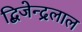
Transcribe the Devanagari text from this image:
द्बिजेन्द्रलाल